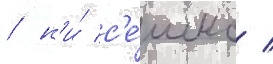
/ н'и́ с'е́шнс /